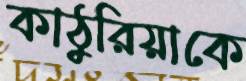
কাঠুরিয়াকে